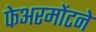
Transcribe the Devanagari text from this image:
फेअरमोंटने